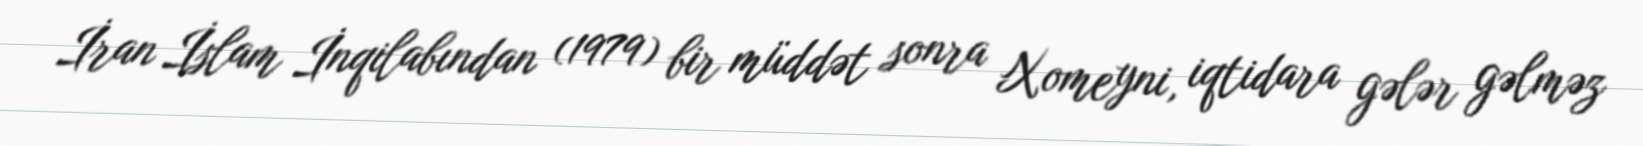
İran İslam İnqilabından (1979) bir müddət sonra Xomeyni, iqtidara gələr gəlməz